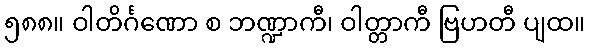
၅၈၈။ ဝါတိင်္ဂဏော စ ဘဏ္ဍာကီ၊ ဝါတ္တာကီ ဗြဟတီ ပျထ။